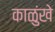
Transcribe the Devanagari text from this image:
काळुंखे